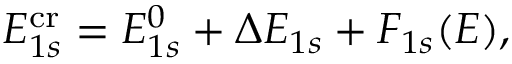
E _ { 1 s } ^ { \mathrm { c r } } = E _ { 1 s } ^ { 0 } + \Delta E _ { 1 s } + F _ { 1 s } ( E ) ,